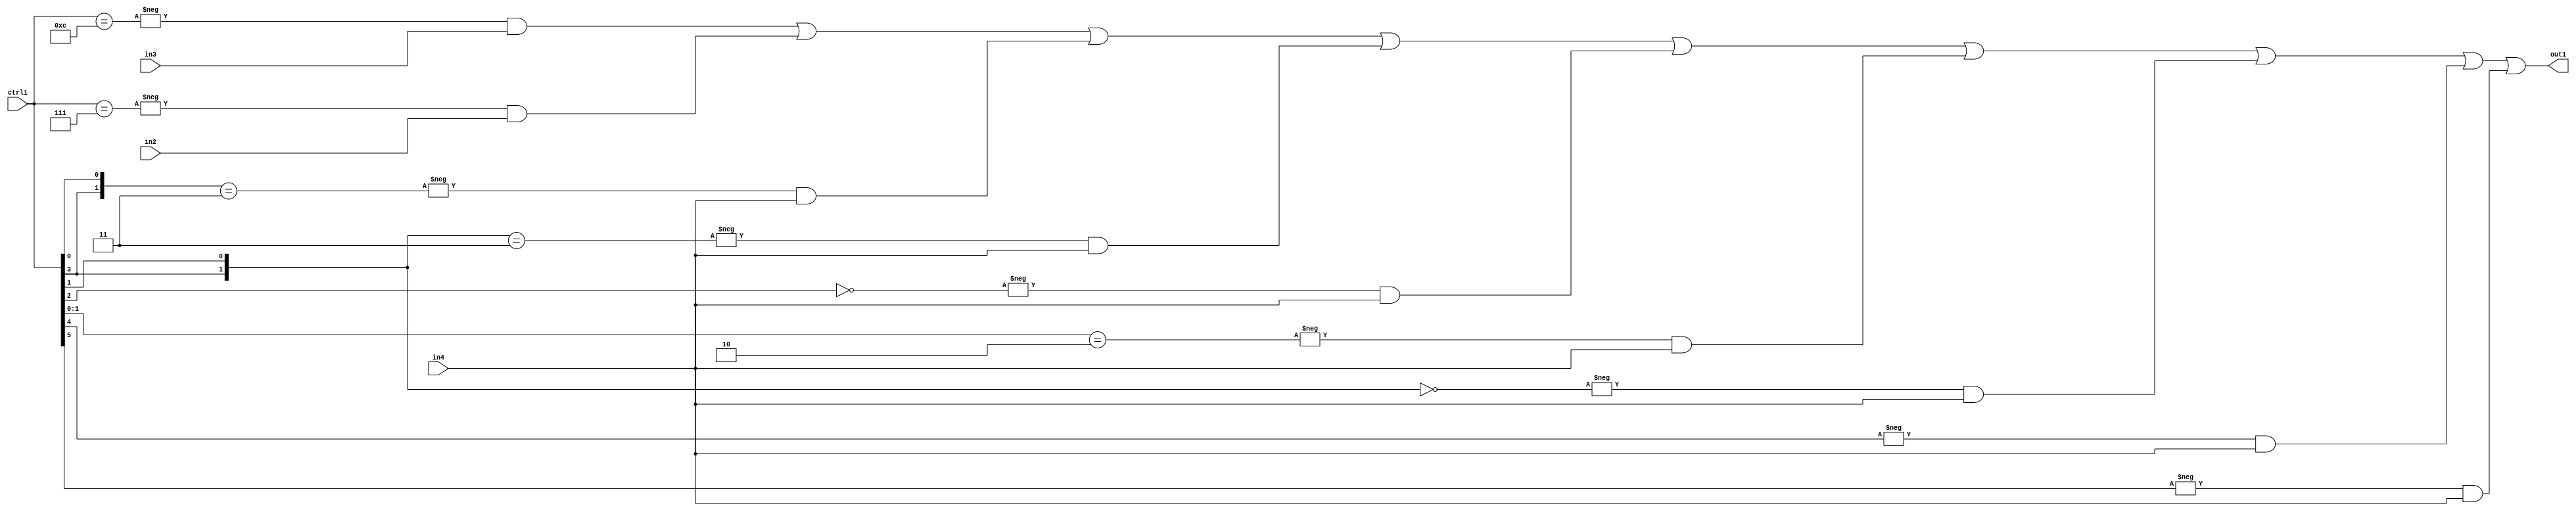
`timescale 1ps / 1ps
/*****************************************************************************
    Verilog RTL Description
    
    
    Created by: Stratus DpOpt 21.05.01 
*******************************************************************************/

module SobelFilter_N_Mux_32_3_93_1 (
	in4,
	in3,
	in2,
	ctrl1,
	out1
	); /* architecture "behavioural" */ 
input [31:0] in4;
input [8:0] in3,
	in2;
input [5:0] ctrl1;
output [31:0] out1;
wire [31:0] asc001;

assign asc001 = 
	-{ctrl1 == 6'B001100} & in3 |
	-{ctrl1 == 6'B000111} & in2 |
	-{{ctrl1[3], ctrl1[0]} == 2'B11} & in4 |
	-{{ctrl1[3], ctrl1[1]} == 2'B11} & in4 |
	-{ctrl1[2] == 1'B0} & in4 |
	-{ctrl1[1:0] == 2'B10} & in4 |
	-{{ctrl1[3], ctrl1[1]} == 2'B00} & in4 |
	-{ctrl1[4] == 1'B1} & in4 |
	-{ctrl1[5] == 1'B1} & in4 ;

assign out1 = asc001;
endmodule

/* CADENCE  vrT2Sg4= : u9/ySxbfrwZIxEzHVQQV8Q== ** DO NOT EDIT THIS LINE ******/